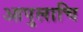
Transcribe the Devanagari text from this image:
आपुलाचि